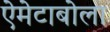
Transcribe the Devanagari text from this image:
ऐमेटाबोला